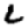
Digit: 2